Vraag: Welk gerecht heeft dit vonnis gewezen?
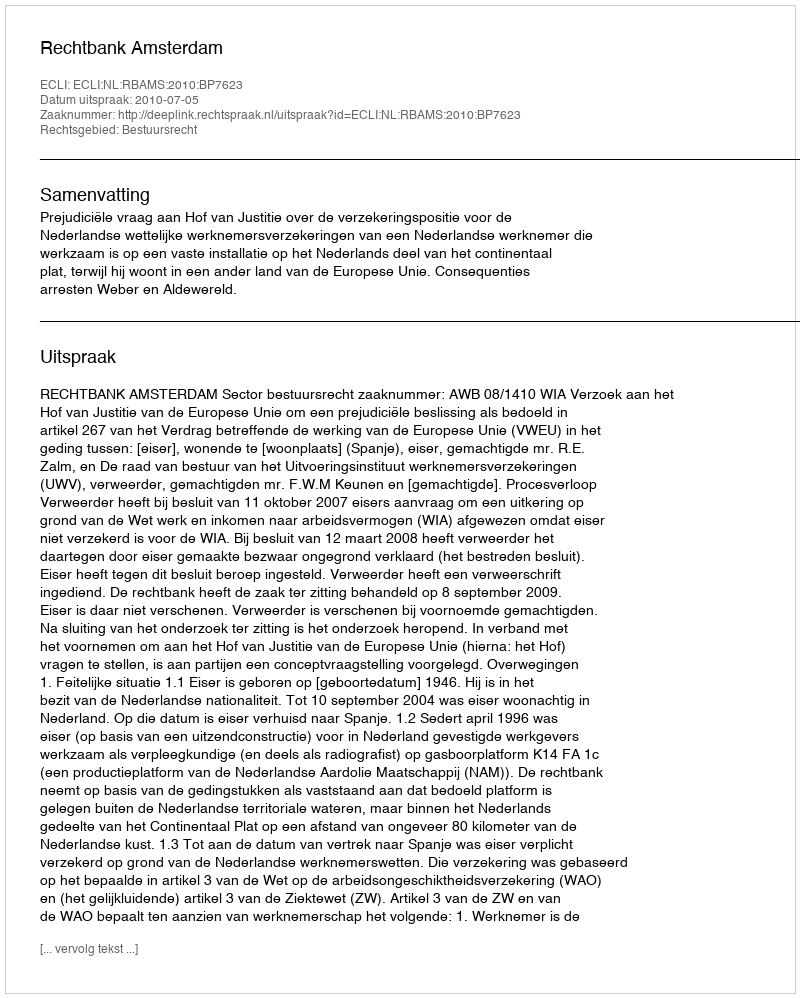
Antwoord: Rechtbank Amsterdam